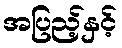
အပြည့်နှင့်